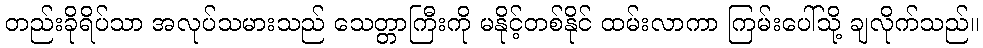
တည်းခိုရိပ်သာ အလုပ်သမားသည် သေတ္တာကြီးကို မနိုင့်တစ်နိုင် ထမ်းလာကာ ကြမ်းပေါ်သို့ ချလိုက်သည်။